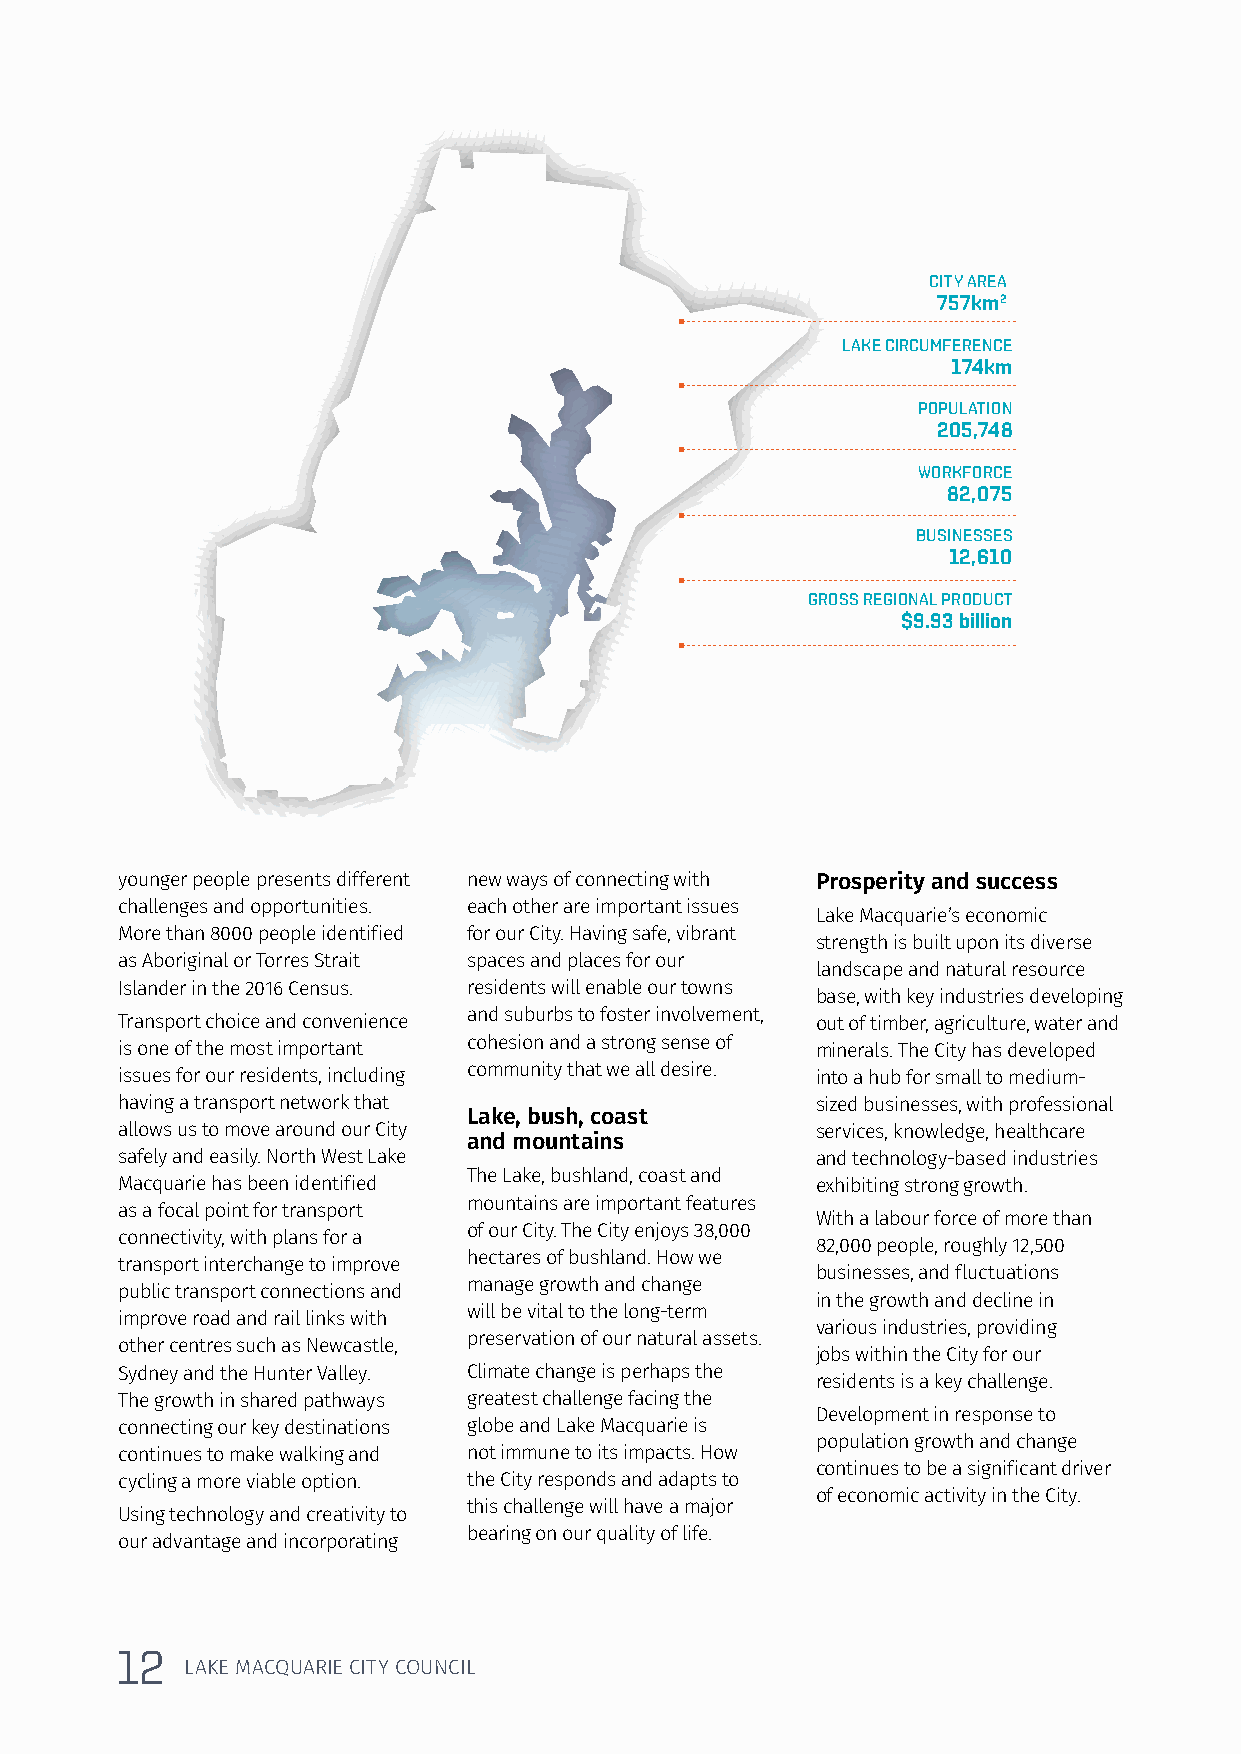
CITY AREA
 757km2
 LAKE CIRCUMFERENCE
 174km
 POPULATION
 205,748
 WORKFORCE
 82,075
 BUSINESSES
 12,610
 GROSS REGIONAL PRODUCT
 $9.93 billion
 younger people presents different new ways of connecting with Prosperity and success
 challenges and opportunities. each other are important issues
 Lake Macquarie’s economic
 More than 8000 people identified for our City. Having safe, vibrant
 strength is built upon its diverse
 as Aboriginal or Torres Strait spaces and places for our
 landscape and natural resource
 Islander in the 2016 Census. residents will enable our towns
 base, with key industries developing
 Transport choice and convenience and suburbs to foster involvement, out of timber, agriculture, water and
 is one of the most important cohesion and a strong sense of minerals. The City has developed
 issues for our residents, including community that we all desire. into a hub for small to medium-
 having a transport network that               sized businesses, with professional
 Lake, bush, coast
 allows us to move around our City             services, knowledge, healthcare
 and mountains
 safely and easily. North West Lake            and technology-based industries
 The Lake, bushland, coast and
 Macquarie has been identified                 exhibiting strong growth.
 mountains are important features
 as a focal point for transport
 With a labour force of more than
 of our City. The City enjoys 38,000
 connectivity, with plans for a
 82,000 people, roughly 12,500
 hectares of bushland. How we
 transport interchange to improve
 businesses, and fluctuations
 manage growth and change
 public transport connections and
 in the growth and decline in
 will be vital to the long-term
 improve road and rail links with
 various industries, providing
 preservation of our natural assets.
 other centres such as Newcastle,
 jobs within the City for our
 Sydney and the Hunter Valley. Climate change is perhaps the
 residents is a key challenge.
 The growth in shared pathways greatest challenge facing the
 Development in response to
 connecting our key destinations globe and Lake Macquarie is
 population growth and change
 continues to make walking and not immune to its impacts. How
 continues to be a significant driver
 cycling a more viable option. the City responds and adapts to
 of economic activity in the City.
 this challenge will have a major
 Using technology and creativity to
 bearing on our quality of life.
 our advantage and incorporating
 1122
 LLAAKKEE MMAACCQQUUAARRIIEE CCIITTYY CCOOUUNNCCIILL